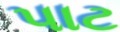
પાટ